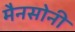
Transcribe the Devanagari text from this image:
मैनसोनी